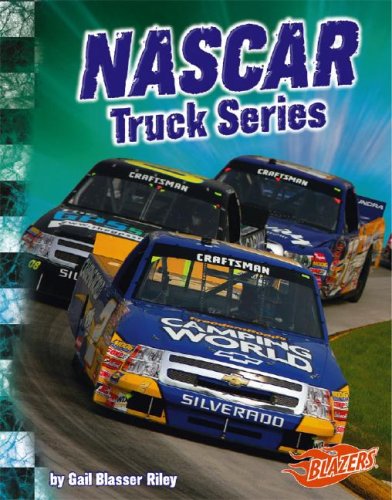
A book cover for NASCAR Truck Series (The World of NASCAR); Gail B. Riley; Children's Books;